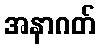
အနာဂတ်